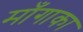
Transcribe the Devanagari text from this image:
माँगाका